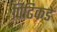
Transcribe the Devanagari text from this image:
पिढिकडे